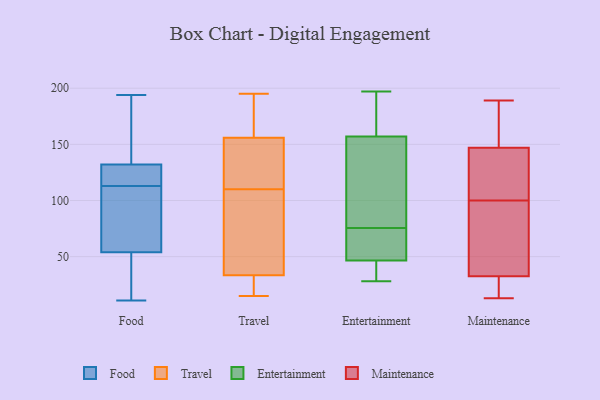
{"axis": {"x": "Tickets Resolved", "y": "Value"}, "legend": ["Entertainment", "Food", "Maintenance", "Travel"], "data": [{"x": "", "y": 122, "type": "Food"}, {"x": "", "y": 91, "type": "Food"}, {"x": "", "y": 54, "type": "Food"}, {"x": "", "y": 40, "type": "Food"}, {"x": "", "y": 20, "type": "Food"}, {"x": "", "y": 113, "type": "Food"}, {"x": "", "y": 110, "type": "Food"}, {"x": "", "y": 117, "type": "Food"}, {"x": "", "y": 108, "type": "Food"}, {"x": "", "y": 11, "type": "Food"}, {"x": "", "y": 113, "type": "Food"}, {"x": "", "y": 44, "type": "Food"}, {"x": "", "y": 189, "type": "Food"}, {"x": "", "y": 194, "type": "Food"}, {"x": "", "y": 172, "type": "Food"}, {"x": "", "y": 125, "type": "Food"}, {"x": "", "y": 167, "type": "Food"}, {"x": "", "y": 132, "type": "Food"}, {"x": "", "y": 46, "type": "Travel"}, {"x": "", "y": 110, "type": "Travel"}, {"x": "", "y": 183, "type": "Travel"}, {"x": "", "y": 141, "type": "Travel"}, {"x": "", "y": 195, "type": "Travel"}, {"x": "", "y": 161, "type": "Travel"}, {"x": "", "y": 15, "type": "Travel"}, {"x": "", "y": 33, "type": "Travel"}, {"x": "", "y": 21, "type": "Travel"}, {"x": "", "y": 23, "type": "Travel"}, {"x": "", "y": 115, "type": "Travel"}, {"x": "", "y": 132, "type": "Travel"}, {"x": "", "y": 38, "type": "Travel"}, {"x": "", "y": 30, "type": "Travel"}, {"x": "", "y": 132, "type": "Travel"}, {"x": "", "y": 162, "type": "Travel"}, {"x": "", "y": 63, "type": "Travel"}, {"x": "", "y": 176, "type": "Travel"}, {"x": "", "y": 35, "type": "Travel"}, {"x": "", "y": 42, "type": "Entertainment"}, {"x": "", "y": 171, "type": "Entertainment"}, {"x": "", "y": 197, "type": "Entertainment"}, {"x": "", "y": 36, "type": "Entertainment"}, {"x": "", "y": 60, "type": "Entertainment"}, {"x": "", "y": 28, "type": "Entertainment"}, {"x": "", "y": 143, "type": "Entertainment"}, {"x": "", "y": 187, "type": "Entertainment"}, {"x": "", "y": 51, "type": "Entertainment"}, {"x": "", "y": 91, "type": "Entertainment"}, {"x": "", "y": 51, "type": "Entertainment"}, {"x": "", "y": 127, "type": "Entertainment"}, {"x": "", "y": 163, "type": "Maintenance"}, {"x": "", "y": 131, "type": "Maintenance"}, {"x": "", "y": 178, "type": "Maintenance"}, {"x": "", "y": 111, "type": "Maintenance"}, {"x": "", "y": 189, "type": "Maintenance"}, {"x": "", "y": 13, "type": "Maintenance"}, {"x": "", "y": 127, "type": "Maintenance"}, {"x": "", "y": 77, "type": "Maintenance"}, {"x": "", "y": 89, "type": "Maintenance"}, {"x": "", "y": 15, "type": "Maintenance"}, {"x": "", "y": 13, "type": "Maintenance"}, {"x": "", "y": 50, "type": "Maintenance"}]}